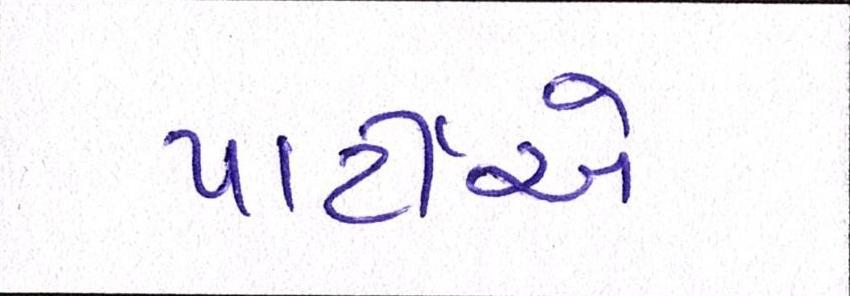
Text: પાર્ટીએ